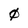
Character: 0